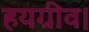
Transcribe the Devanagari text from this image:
हयग्रीव।